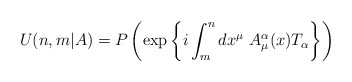
\begin{align*}U(n,m\vert A)=P\left(\exp\left\{ i\int^n_m dx^\mu\ A^\alpha_\mu(x)T_\alpha\right\}\right)\end{align*}